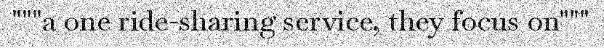
"""a one ride-sharing service, they focus on"""